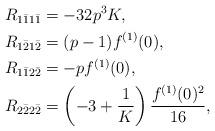
LaTeX: \begin{align*}&R_{1 \bar{1}1 \bar{1}}=-32p^3K,\\&R_{1 \bar{2}1\bar{2}}=(p-1)f^{(1)}(0),\\&R_{1 \bar{1} 2 \bar{2}}=-pf^{(1)}(0),\\&R_{2 \bar{2}2 \bar{2}}=\left(-3+\frac{1}{K}\right)\frac{f^{(1)}(0)^2}{16},\end{align*}